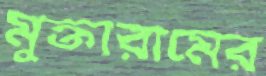
মুক্তারামের